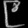
Digit: ၉